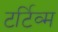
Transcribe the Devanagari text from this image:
टर्टिव्म